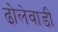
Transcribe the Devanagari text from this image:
ढोलेवाडी